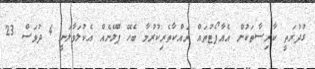
ގުދުރަތީ ކާރިސާތަކުން އެއާޕޯޓުތައް ރައްކާތެރިކުރުމާ ބެހޭ ޕްލޭނެއް އެކުލަވާލަނީ 4 ދުވަސް 23